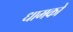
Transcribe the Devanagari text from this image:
धामको